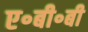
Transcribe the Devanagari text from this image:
ए॰बी॰बी